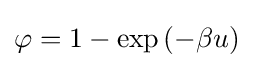
\varphi =1-\exp {(-\beta u)}